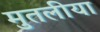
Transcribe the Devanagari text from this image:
मुतलीया